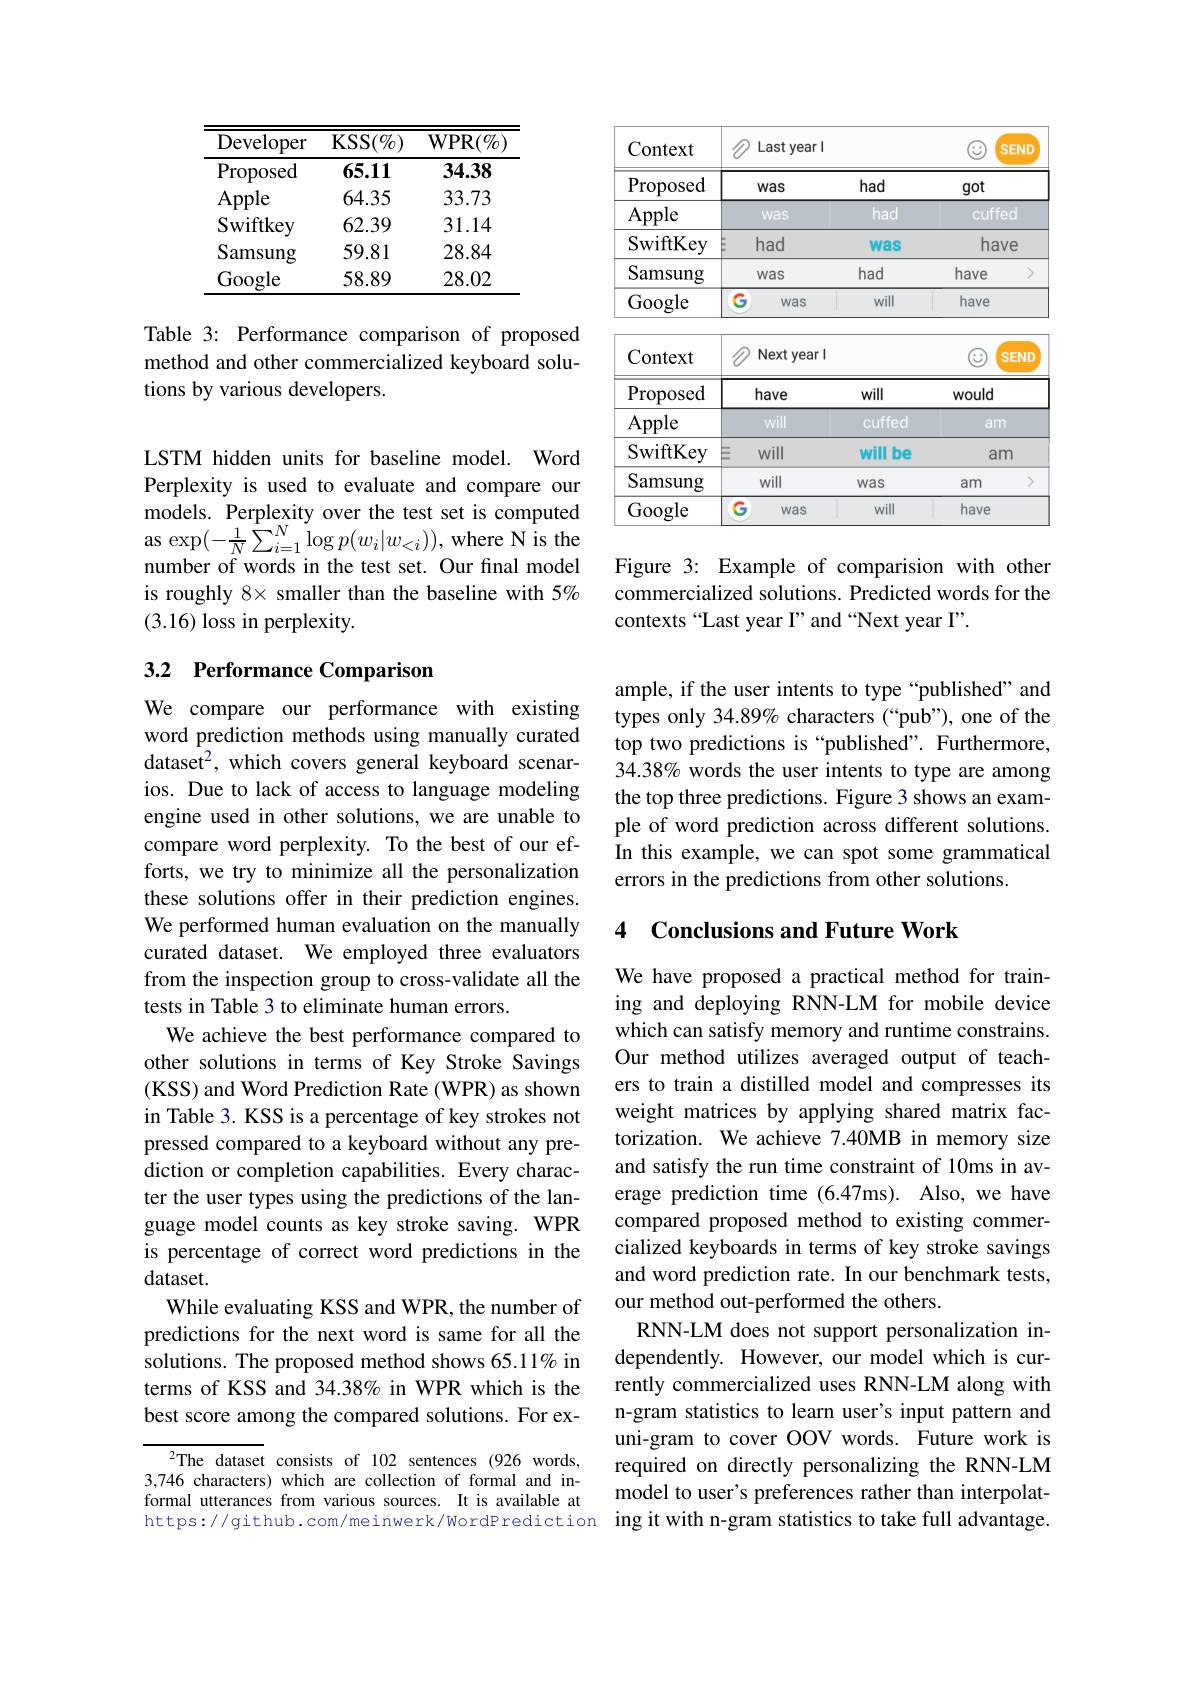
<table>
	<tbody>
		<tr>
			<th>Developer</th>
			<th>KSS$( \% )$</th>
			<th>$\mathbf{WPR}(\%$</th>
		</tr>
		<tr>
			<td>$\operatorname{Proposed}$</td>
			<td>65.11</td>
			<td>34.38</td>
		</tr>
		<tr>
			<td>Apple</td>
			<td>64.35</td>
			<td>33.73</td>
		</tr>
		<tr>
			<td>Swiftkey</td>
			<td>62.39</td>
			<td>31.14</td>
		</tr>
		<tr>
			<td>Samsung</td>
			<td>59.81</td>
			<td>28.84</td>
		</tr>
		<tr>
			<td>Google</td>
			<td>58.89</td>
			<td>28.02</td>
		</tr>
	</tbody>
</table>

Table 3: Performance comparison of proposed method and other commercialized keyboard solutions by various developers.

LSTM hidden units for baseline model. Word Perplexity is used to evaluate and compare our models. Perplexity over the test set is computed $\operatorname{as}\exp(-\frac{1}{N}\sum_{i=1}^{N}\log p(w_{i}|w_{<i}))$,where N is the number of words in the test set. Our final model is roughly 8× smaller than the baseline with 5% (3.16) loss in perplexity.

## 3.2 Performance Comparison

We compare our performance with existing word prediction methods using manually curated dataset$^2$, which covers general keyboard scenarios. Due to lack of access to language modeling engine used in other solutions, we are unable to compare word perplexity. To the best of our efforts, we try to minimize all the personalization these solutions offer in their prediction engines. We performed human evaluation on the manually curated dataset. We employed three evaluators from the inspection group to cross-validate all the tests in Table 3 to eliminate human errors.
We achieve the best performance compared to other solutions in terms of Key Stroke Savings (KSS) and Word Prediction Rate (WPR) as shown in Table 3. KSS is a percentage of key strokes not pressed compared to a keyboard without any prediction or completion capabilities. Every character the user types using the predictions of the language model counts as key stroke saving. WPR is percentage of correct word predictions in the dataset.
While evaluating KSS and WPR, the number of predictions for the next word is same for all the solutions. The proposed method shows 65.11% in terms of KSS and 34.38% in WPR which is the best score among the compared solutions. For ex-

$^{2}$The dataset consists of 102 sentences (926 words, 3,746 characters) which are collection of formal and informal utterances from various sources. It is available at

<table>
	<tbody>
		<tr>
			<th>Context</th>
			<th colspan="2">Lastyearl</th>
			<th>$\textcircled{2}$</th>
			<th>SEND 1</th>
		</tr>
		<tr>
			<td>$\operatorname{Proposed}$</td>
			<td>was</td>
			<td>had</td>
			<td colspan="2">got</td>
		</tr>
		<tr>
			<td>Apple</td>
			<td>Was</td>
			<td>had</td>
			<td colspan="2">cuffed</td>
		</tr>
		<tr>
			<td>SwiftKey</td>
			<td>had</td>
			<td>Was</td>
			<td colspan="2">have</td>
		</tr>
		<tr>
			<td>Samsung</td>
			<td>was</td>
			<td>had</td>
			<td colspan="2">have</td>
		</tr>
		<tr>
			<td>Google</td>
			<td>$G$ was</td>
			<td>will</td>
			<td>have</td>
			<td> </td>
		</tr>
		<tr>
			<td>Context</td>
			<td>Next year l</td>
			<td> </td>
			<td>$\textcircled{2}$</td>
			<td>SEND</td>
		</tr>
		<tr>
			<td>$\operatorname{Proposed}$</td>
			<td>have</td>
			<td>will</td>
			<td colspan="2">would</td>
		</tr>
		<tr>
			<td>Apple</td>
			<td>will</td>
			<td>cuffed</td>
			<td colspan="2">am</td>
		</tr>
		<tr>
			<td>SwiftKey</td>
			<td>三 will</td>
			<td>will be</td>
			<td colspan="2">$am$</td>
		</tr>
		<tr>
			<td>Samsung</td>
			<td>will</td>
			<td>was</td>
			<td>$am$</td>
			<td> </td>
		</tr>
		<tr>
			<td>Google</td>
			<td>$G$ Was</td>
			<td>will</td>
			<td>have</td>
			<td> </td>
		</tr>
	</tbody>
</table>

Figure 3: Example of comparision with other commercialized solutions. Predicted words for the contexts“Last year I”and“Next year I”.

ample, if the user intents to type “published” and types only 34.89% characters (“pub”), one of the top two predictions is “published”. Furthermore, 34.38% words the user intents to type are among the top three predictions. Figure 3 shows an example of word prediction across different solutions. In this example, we can spot some grammatical errors in the predictions from other solutions.

### 4 Conclusions and Future Work

We have proposed a practical method for training and deploying RNN-LM for mobile device which can satisfy memory and runtime constrains. Our method utilizes averaged output of teachers to train a distilled model and compresses its weight matrices by applying shared matrix factorization. We achieve 7.40MB in memory size and satisfy the run time constraint of 10ms in average prediction time (6.47ms). Also, we have compared proposed method to existing commercialized keyboards in terms of key stroke savings and word prediction rate. In our benchmark tests, our method out-performed the others.
RNN-LM does not support personalization independently. However, our model which is currently commercialized uses RNN-LM along with n-gram statistics to learn user's input pattern and uni-gram to cover OOV words. Future work is required on directly personalizing the RNN-LM model to user's preferences rather than interpolat-
https://github.com/meinwerk/WordPrediction ing it with n-gram statistics to take full advantage.